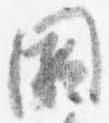
欠